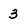
Character: 3